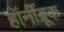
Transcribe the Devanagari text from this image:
हॉर्नीब्रूक